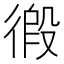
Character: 𢔾